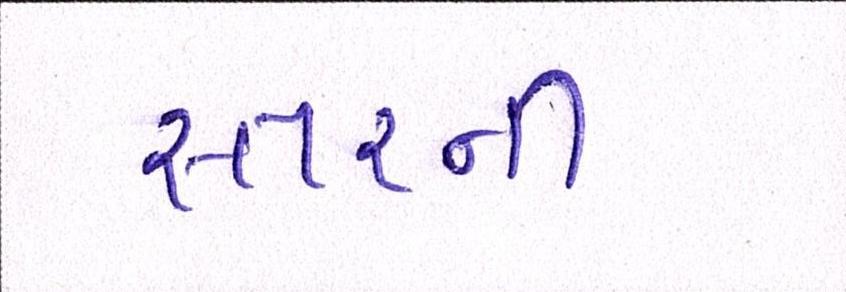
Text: સ્તરની